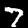
Label: 7